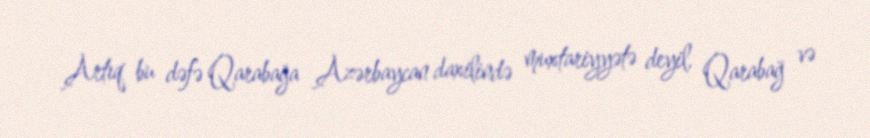
Artıq bu dəfə Qarabağa Azərbaycan daxilində muxtariyyətə deyil, Qarabağ və